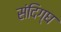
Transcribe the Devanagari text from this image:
संदिग्घ